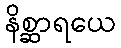
နိစ္ဆာရယေ